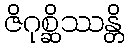
ဇိဂုစ္ဆိဿန္တိ